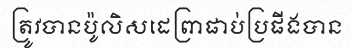
ត្រូវបានប៉ូលិសដេញ្រផាប់ប្រផីងបាន